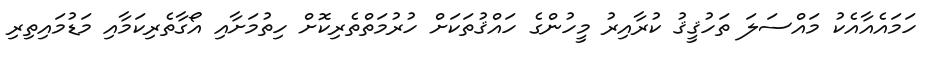
ހަމައެއާއެކު މައްސަލަ ތަހުޤީޤު ކުރާއިރު މީހުންގެ ހައްޤުތަކަށް ހުރުމަތްތެރިކޮށް ހިތުމަށާއި އޯގާތެރިކަމާއި މަޑުމައިތިރި